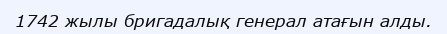
1742 жылы бригадалық генерал атағын алды.